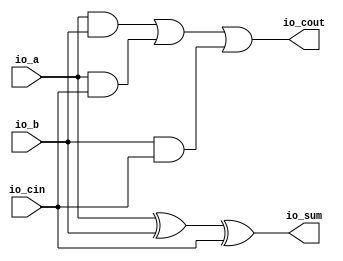
module FullAdder( input io_a,
                  input io_b,
                  input io_cin,
                  output io_sum,
                  output io_cout
                );

  assign io_sum = io_a ^ io_b ^ io_cin;
  assign io_cout = io_a & io_b | io_a & io_cin | io_b & io_cin;
endmodule